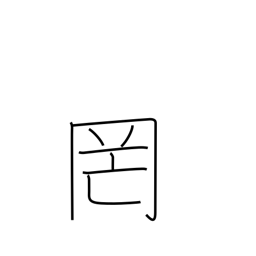
Meaning: net